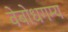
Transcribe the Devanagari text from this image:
वेबोधगम्य